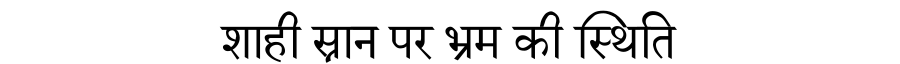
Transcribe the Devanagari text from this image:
शाही स्नान पर भ्रम की स्थिति